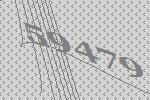
59479